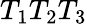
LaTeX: T_{1}T_{2}T_{3}